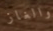
والغاز